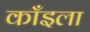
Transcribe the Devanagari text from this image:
काँइला